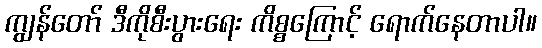
ကျွန်တော် ဒီကိုစီးပွားရေး ကိစ္စကြောင့် ရောက်နေတာပါ။